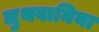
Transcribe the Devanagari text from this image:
लुथवानिया